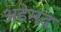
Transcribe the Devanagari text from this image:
अहेमद